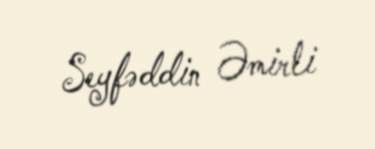
Seyfəddin Əmirli